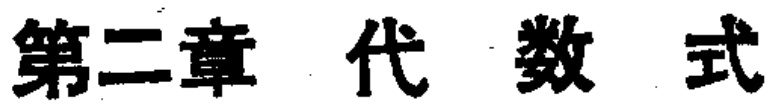
第二章 代 数 式